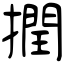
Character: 撋